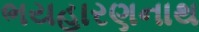
ભયહારણનાથ